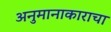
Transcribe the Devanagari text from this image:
अनुमानाकाराचा